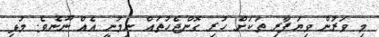
މި ވަރުން ވިޔަފާރި ތަކަށް ހުރި ގޮންޖެހުތައް ނިމުނީ އެއް ނޫނެވެ. މުޅި